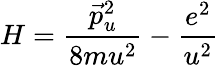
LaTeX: H=\frac{\vec{p}_{u}^{2}}{8mu^{2}}-\frac{e^{2}}{u^{2}}